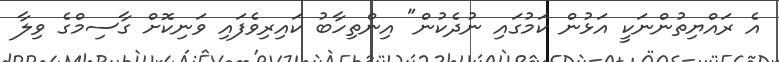
އެ ރައްޔިތުންނަކީ އަޅުން ކަމުގައި ނުދެކުން" އިންތިހާބު ކައިރިވެފައި ވަނިކޮށް ގާސިމްގެ ވިލާ